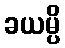
ခယမ္ပိ